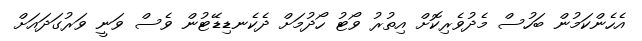
އެހެންކަމުން ބަހުސް މެދުވެރިކޮށް އިތުރު ވޯޓު ހޯދުމަށް ދެކެނޑިޑޭޓުން ވެސް ވަނީ ވަރުގަދައަށް